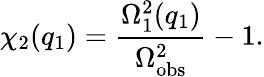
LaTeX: \chi_{2}(q_{1})=\frac{\Omega_{1}^{2}(q_{1})}{\Omega_{\mathrm{obs}}^{2}}-1.